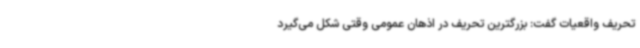
تحریف واقعیات گفت: بزرگترین تحریف در اذهان عمومی وقتی شکل می‌گیرد